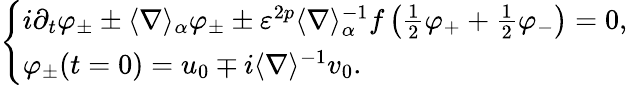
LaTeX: \left\{ \begin{array}{l}{i\partial_{t}\varphi_{\pm}\pm\langle\nabla\rangle_{\alpha}\varphi_{\pm}\pm\varepsilon^{2p}\langle\nabla\rangle_{\alpha}^{-1}f\left(\frac{1}{2}\varphi_{+}+\frac{1}{2}\varphi_{-}\right)=0,}\\ {\varphi_{\pm}(t=0)=u_{0}\mp i\langle\nabla\rangle^{-1}v_{0}.}\end{array}\right.